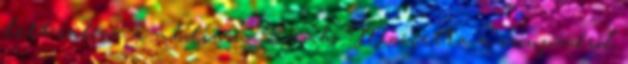
lett rakva a média is Zámbó Marietta a színpadról